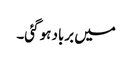
میں برباد ہو گئی۔